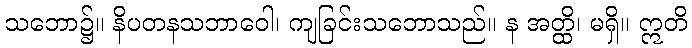
သဘော၌။ နိပတနသဘာဝေါ၊ ကျခြင်းသဘောသည်။ န အတ္ထိ၊ မရှိ။ ဣတိ